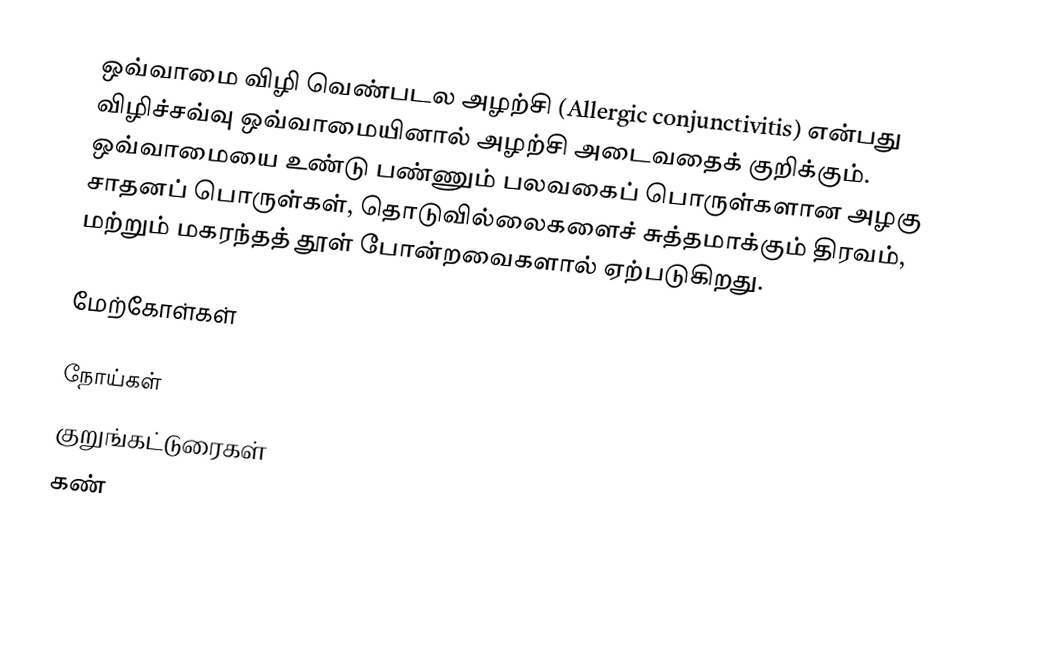
ஒவ்வாமை விழி வெண்படல அழற்சி (Allergic conjunctivitis) என்பது விழிச்சவ்வு ஒவ்வாமையினால் அழற்சி அடைவதைக் குறிக்கும். ஒவ்வாமையை உண்டு பண்ணும் பலவகைப் பொருள்களான அழகு சாதனப் பொருள்கள், தொடுவில்லைகளைச் சுத்தமாக்கும் திரவம், மற்றும் மகரந்தத் தூள் போன்றவைகளால் ஏற்படுகிறது.

மேற்கோள்கள்

நோய்கள்
குறுங்கட்டுரைகள்
கண்